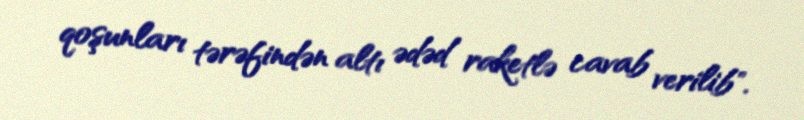
qoşunları tərəfindən altı ədəd raketlə cavab verilib".